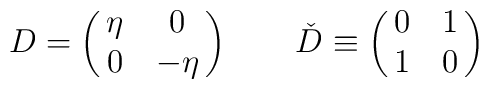
D=\pmatrix{\eta &0\cr 0&-\eta\cr}\qquad \check D \equiv \pmatrix{0& 1\cr 1&0\cr}